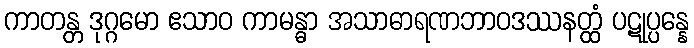
ကာတန္တ ဒုဂ္ဂမော ဧသာဝ ကာမန္ဓာ အသာဓာရဏဘာဝဒဿနတ္ထံ ပဋုပ္ပန္နေ